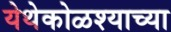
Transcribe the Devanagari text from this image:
येथेकोळश्याच्या